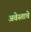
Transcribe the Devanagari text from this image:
अवेस्ताचे